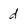
Character: d